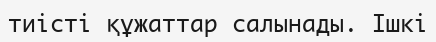
тиісті құжаттар салынады. Ішкі